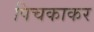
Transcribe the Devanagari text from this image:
पिचकाकर